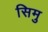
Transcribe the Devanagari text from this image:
सिमु